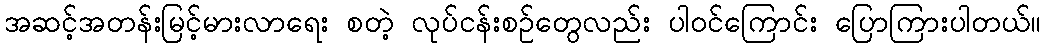
အဆင့်အတန်းမြင့်မားလာရေး စတဲ့ လုပ်ငန်းစဉ်တွေလည်း ပါဝင်ကြောင်း ပြောကြားပါတယ်။